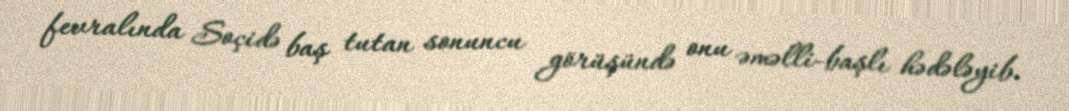
fevralında Soçidə baş tutan sonuncu görüşündə onu əməlli-başlı hədələyib.